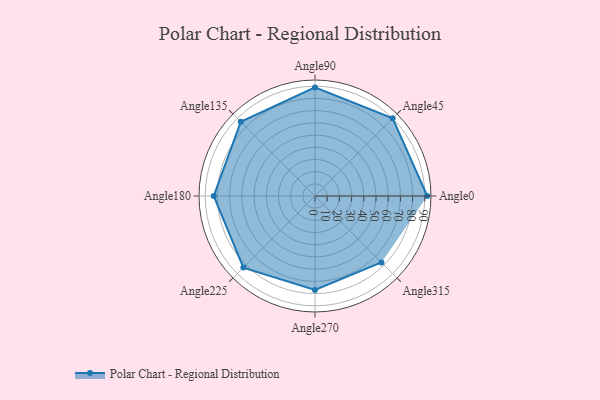
{"axis": {"x": "Angle", "y": "Radius"}, "legend": [""], "data": [{"x": "Angle0", "y": 92.0, "type": ""}, {"x": "Angle45", "y": 90.0, "type": ""}, {"x": "Angle90", "y": 89.0, "type": ""}, {"x": "Angle135", "y": 86.0, "type": ""}, {"x": "Angle180", "y": 83.0, "type": ""}, {"x": "Angle225", "y": 83.0, "type": ""}, {"x": "Angle270", "y": 77.0, "type": ""}, {"x": "Angle315", "y": 77.0, "type": ""}]}